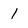
Character: 1